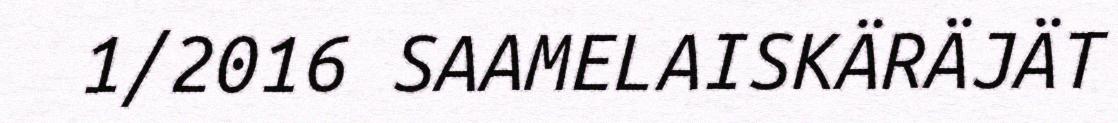
1/2016 SAAMELAISKÄRÄJÄT